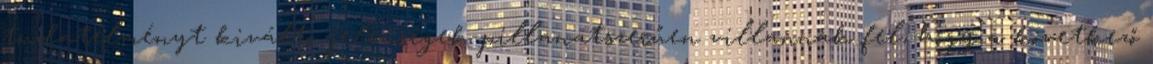
tudatélményt kiváltó jelenségek pillanatszerűen villannak fel, hogy a következő